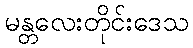
မန္တလေးတိုင်းဒေသ